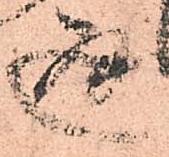
通